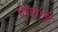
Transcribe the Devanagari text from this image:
पत्रासाठी